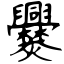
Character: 爨